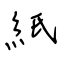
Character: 紙